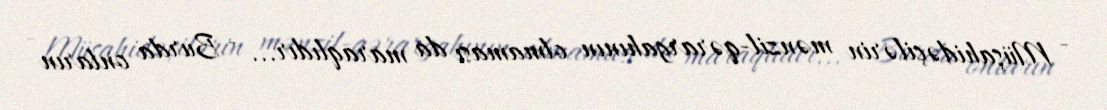
- Müşahidəçilərin mənzil-qərargahının olmaması da maraqlıdır... - Burda onların